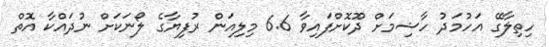
ހިތިލާގޭ އަހުމަދު ހާޝިމަށް ދޫކޮށްފައިވާ 6.6 މިލިއަން ރުފިޔާގެ ލޯނަކަށް ނުދައްކާ އޮތް